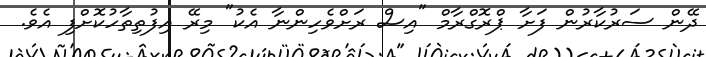
ދޭން ސަރުކާރުން ފަށާ ޕްރޮގްރާމް "އިސް ރަށްވެހިންނާ އެކު" މިރޭ އިފުތިތާހުކޮށްފި އެވެ.